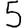
Digit: 5